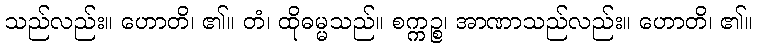
သည်လည်း။ ဟောတိ၊ ၏။ တံ၊ ထိုဓမ္မသည်။ စက္ကဉ္စ၊ အာဏာသည်လည်း။ ဟောတိ၊ ၏။